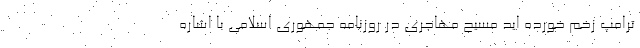
ترامپ زخم خورده اید مسیح مهاجری در روزنامه جمهوری اسلامی با اشاره